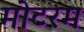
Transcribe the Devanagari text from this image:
मोटरम